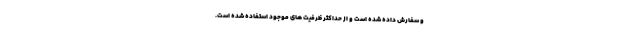
و سفارش داده شده است و از حداکثر ظرفیت های موجود استفاده شده است.